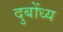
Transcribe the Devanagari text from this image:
दुबोंध्य